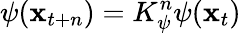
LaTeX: \psi(\mathbf{x}_{t+n})=K_{\psi}^{n}\psi(\mathbf{x}_{t})